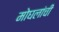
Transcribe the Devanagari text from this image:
मोघलांची